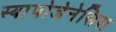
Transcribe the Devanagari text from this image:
स्यापोजेनेसिस